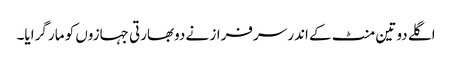
اگلے دو تین منٹ کے اندر سرفراز نے دوبھارتی جہازوں کو مار گرایا۔